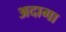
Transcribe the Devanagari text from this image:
अदागा